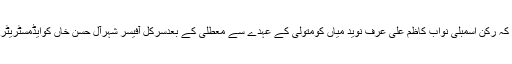
واضح رہے کہ رکن اسمبلی نواب کاظم علی عرف نوید میاں کومتولی کے عہدے سے معطلی کے بعدسرکل آفیسر شہرآل حسن خاں کوایڈمسٹریٹر بنادیاگیاتھا۔